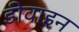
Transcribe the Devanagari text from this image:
डीवाइन